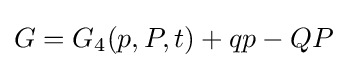
G=G_{4}(p,P,t)+qp-QP